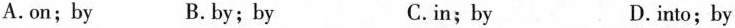
A.on;by B.by;by C.in;by D.into;by